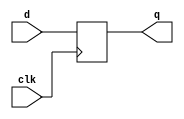
module top_module (
    input clk,
    input [7:0] d,
    output [7:0] q
);
    always @(posedge clk)begin
       q <= d; 
    end
  // Because q is a vector, this creates multiple DFFs.
endmodule